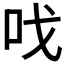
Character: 𠯫